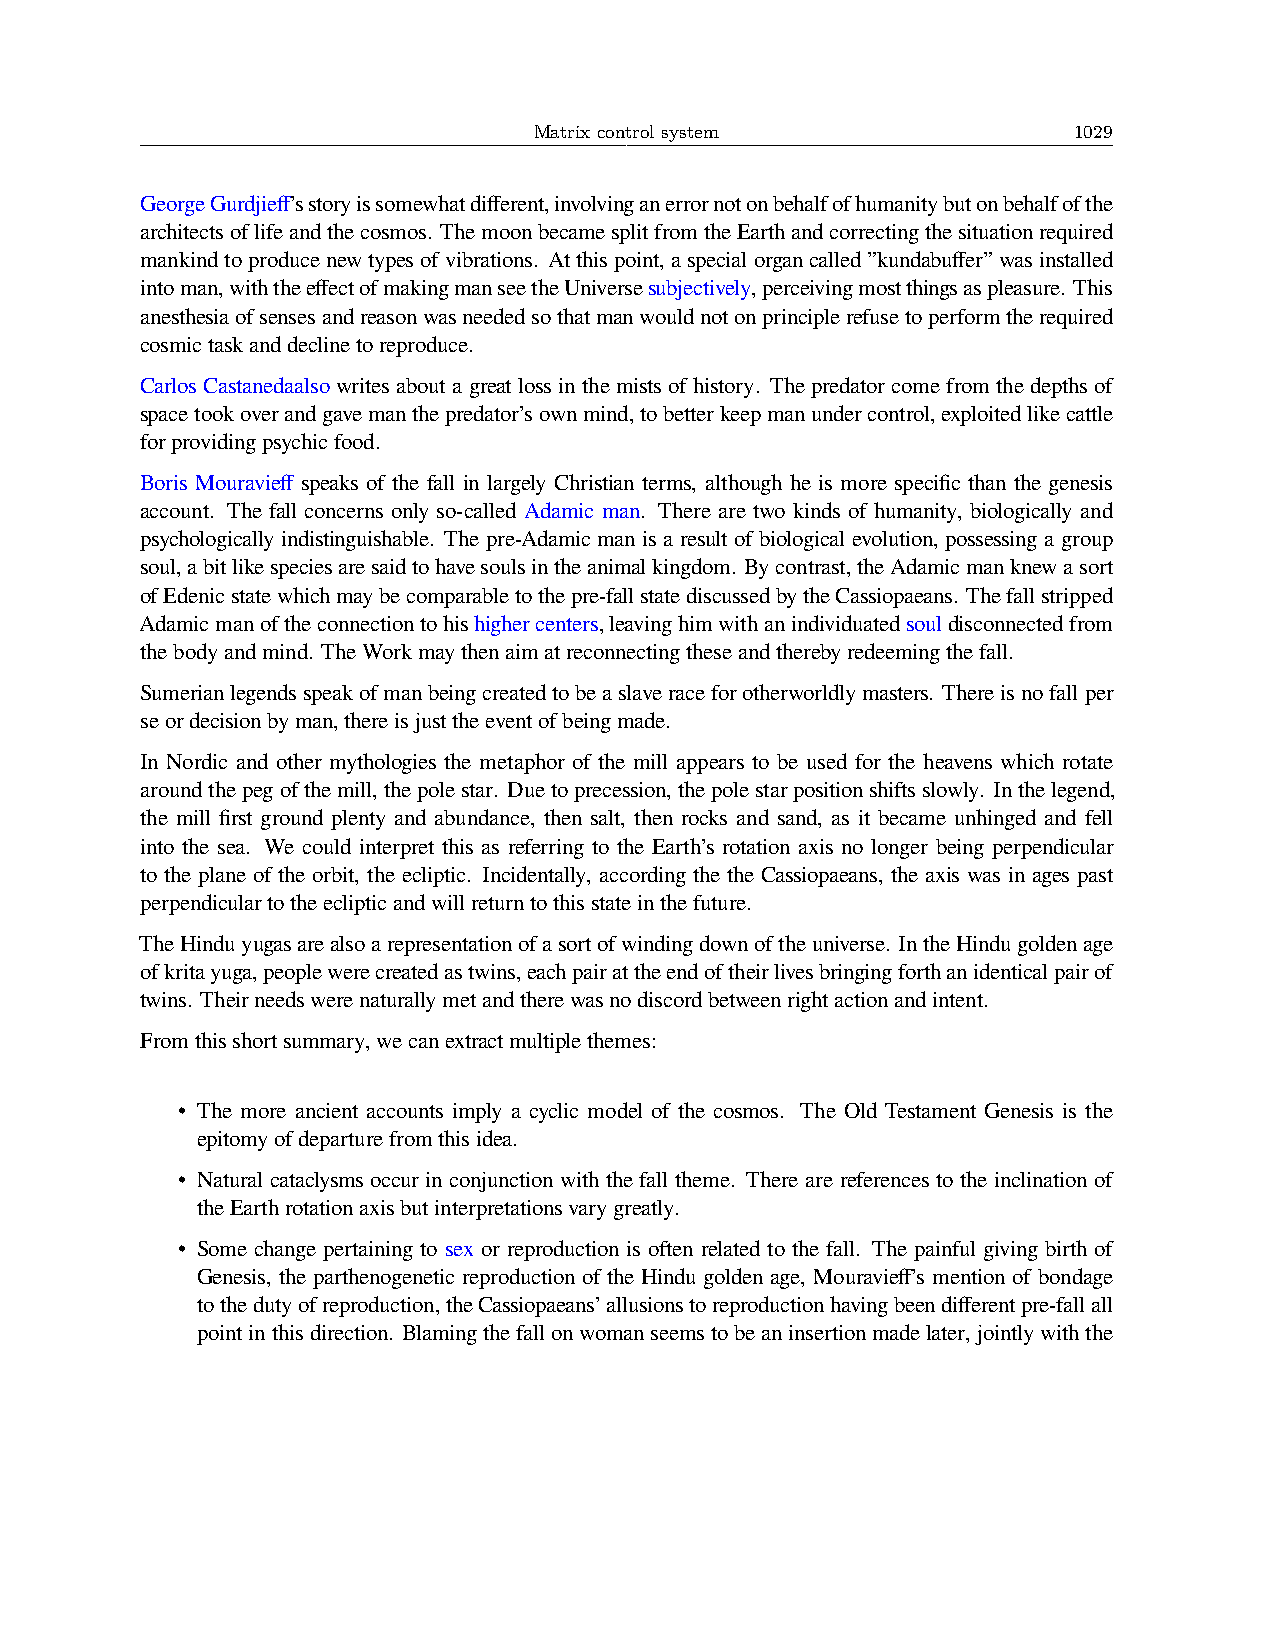
Matrix control system               1029
 GeorgeGurdjieff’sstoryissomewhatdifferent,involvinganerrornotonbehalfofhumanitybutonbehalfofthe
 architectsoflifeandthecosmos. ThemoonbecamesplitfromtheEarthandcorrectingthesituationrequired
 mankindtoproducenewtypesofvibrations. Atthispoint,aspecialorgancalled”kundabuffer”wasinstalled
 intoman,withtheeffectofmakingmanseetheUniversesubjectively,perceivingmostthingsaspleasure. This
 anesthesiaofsensesandreasonwasneededsothatmanwouldnotonprinciplerefusetoperformtherequired
 cosmictaskanddeclinetoreproduce.
 Carlos Castanedaalso writes about a great loss in the mists of history. The predator come from the depths of
 spacetookoverandgavemanthepredator’sownmind,tobetterkeepmanundercontrol,exploitedlikecattle
 forprovidingpsychicfood.
 Boris Mouravieff speaks of the fall in largely Christian terms, although he is more specific than the genesis
 account. The fall concerns only so-called Adamic man. There are two kinds of humanity, biologically and
 psychologically indistinguishable. The pre-Adamic man is a result of biological evolution, possessing a group
 soul,abitlikespeciesaresaidtohavesoulsintheanimalkingdom. Bycontrast,theAdamicmanknewasort
 ofEdenicstatewhichmaybecomparabletothepre-fallstatediscussedbytheCassiopaeans. Thefallstripped
 Adamicmanoftheconnectiontohishighercenters,leavinghimwithanindividuatedsouldisconnectedfrom
 thebodyandmind. TheWorkmaythenaimatreconnectingtheseandtherebyredeemingthefall.
 Sumerianlegendsspeakofmanbeingcreatedtobeaslaveraceforotherworldlymasters. Thereisnofallper
 seordecisionbyman,thereisjusttheeventofbeingmade.
 In Nordic and other mythologies the metaphor of the mill appears to be used for the heavens which rotate
 aroundthepegofthemill,thepolestar. Duetoprecession,thepolestarpositionshiftsslowly. Inthelegend,
 the mill first ground plenty and abundance, then salt, then rocks and sand, as it became unhinged and fell
 into the sea. We could interpret this as referring to the Earth’s rotation axis no longer being perpendicular
 to the plane of the orbit, the ecliptic. Incidentally, according the the Cassiopaeans, the axis was in ages past
 perpendiculartotheeclipticandwillreturntothisstateinthefuture.
 TheHinduyugasarealsoarepresentationofasortofwindingdownoftheuniverse. IntheHindugoldenage
 ofkritayuga,peoplewerecreatedastwins,eachpairattheendoftheirlivesbringingforthanidenticalpairof
 twins. Theirneedswerenaturallymetandtherewasnodiscordbetweenrightactionandintent.
 Fromthisshortsummary,wecanextractmultiplethemes:
 • The more ancient accounts imply a cyclic model of the cosmos. The Old Testament Genesis is the
 epitomyofdeparturefromthisidea.
 • Natural cataclysms occur in conjunction with the fall theme. There are references to the inclination of
 theEarthrotationaxisbutinterpretationsvarygreatly.
 • Some change pertaining to sex or reproduction is often related to the fall. The painful giving birth of
 Genesis, the parthenogenetic reproduction of the Hindu golden age, Mouravieff’s mention of bondage
 tothedutyofreproduction,theCassiopaeans’allusionstoreproductionhavingbeendifferentpre-fallall
 pointinthisdirection. Blamingthefallonwomanseemstobeaninsertionmadelater,jointlywiththe